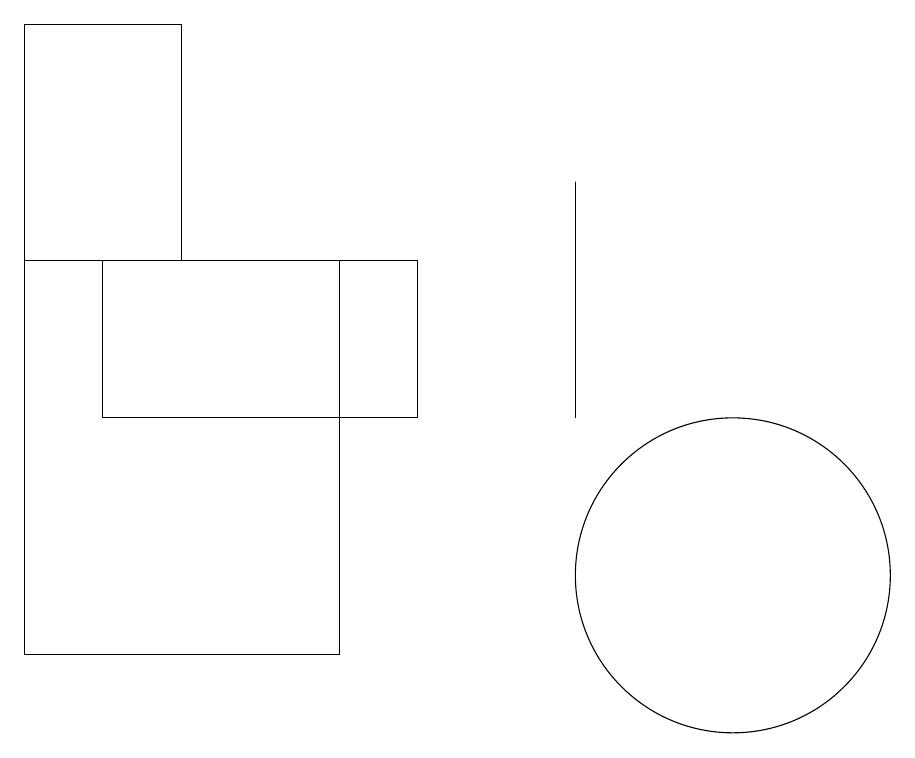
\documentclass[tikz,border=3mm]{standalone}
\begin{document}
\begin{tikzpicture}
\draw (7,13) rectangle (3,15);
\draw (11,11) circle (2);
\draw (9,16) rectangle (9,13);
\draw (4,18) rectangle (2,15);
\draw (11,10) circle (0);
\draw (2,10) rectangle (6,15);
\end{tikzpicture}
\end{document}